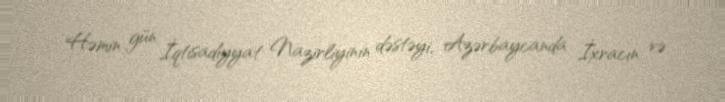
Həmin gün İqtisadiyyat Nazirliyinin dəstəyi, Azərbaycanda İxracın və